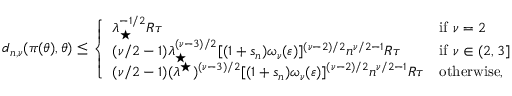
\begin{array} { r } { d _ { n , \nu } ( \pi ( \theta ) , \theta ) \le \left\{ \begin{array} { l l } { \lambda _ { \star } ^ { - 1 / 2 } R \tau } & { \mathrm { i f ~ } \nu = 2 } \\ { ( \nu / 2 - 1 ) \lambda _ { \star } ^ { ( \nu - 3 ) / 2 } [ ( 1 + s _ { n } ) \omega _ { \nu } ( \varepsilon ) ] ^ { ( \nu - 2 ) / 2 } n ^ { \nu / 2 - 1 } R \tau } & { \mathrm { i f ~ } \nu \in ( 2 , 3 ] } \\ { ( \nu / 2 - 1 ) ( \lambda ^ { \star } ) ^ { ( \nu - 3 ) / 2 } [ ( 1 + s _ { n } ) \omega _ { \nu } ( \varepsilon ) ] ^ { ( \nu - 2 ) / 2 } n ^ { \nu / 2 - 1 } R \tau } & { \mathrm { o t h e r w i s e } , } \end{array} \right. } \end{array}